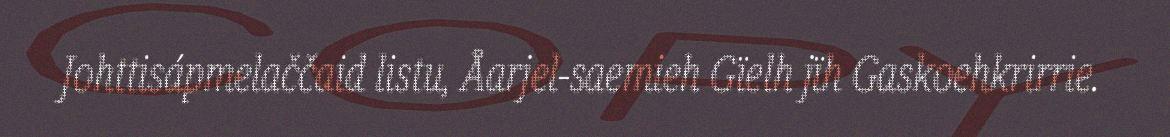
Johttisápmelaččaid listu, Åarjel-saemieh Gïelh jïh Gaskoehkrirrie.